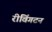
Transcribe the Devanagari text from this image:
रीविंगटन